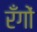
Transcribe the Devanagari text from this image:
रँगों